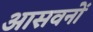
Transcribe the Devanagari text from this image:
आसवनों